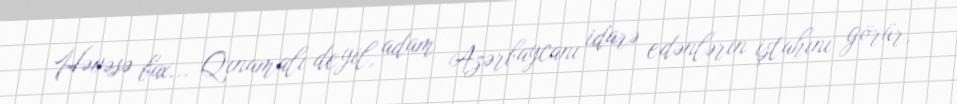
Həvəsə bax... Qınamalı deyil, adam Azərbaycanı idarə edənlərin iştahını görür,